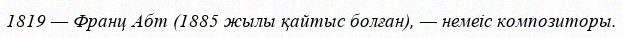
1819 — Франц Абт (1885 жылы қайтыс болған), — немеіс композиторы.